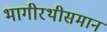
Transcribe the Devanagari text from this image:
भागीरथीसमान